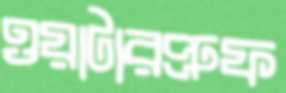
ওয়াটারপ্রুফ